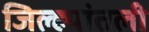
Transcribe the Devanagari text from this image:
जिल्ह्यांतली